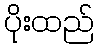
ပိုးထည်